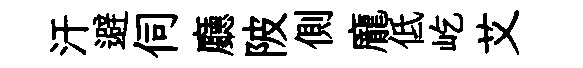
汗避伺廳陂側龐低屹艾